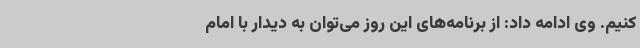
کنیم. وی ادامه داد: از برنامه‌های این روز می‌توان به دیدار با امام